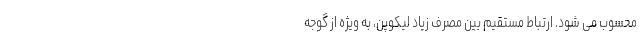
محسوب می شود. ارتباط مستقیم بین مصرف زیاد لیکوپن، به ویژه از گوجه